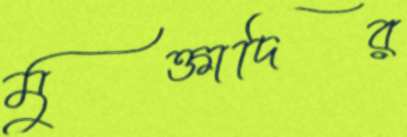
মুক্তাদির